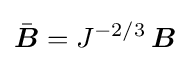
{\bar {\boldsymbol {B}}}=J^{-2/3}\,{\boldsymbol {B}}